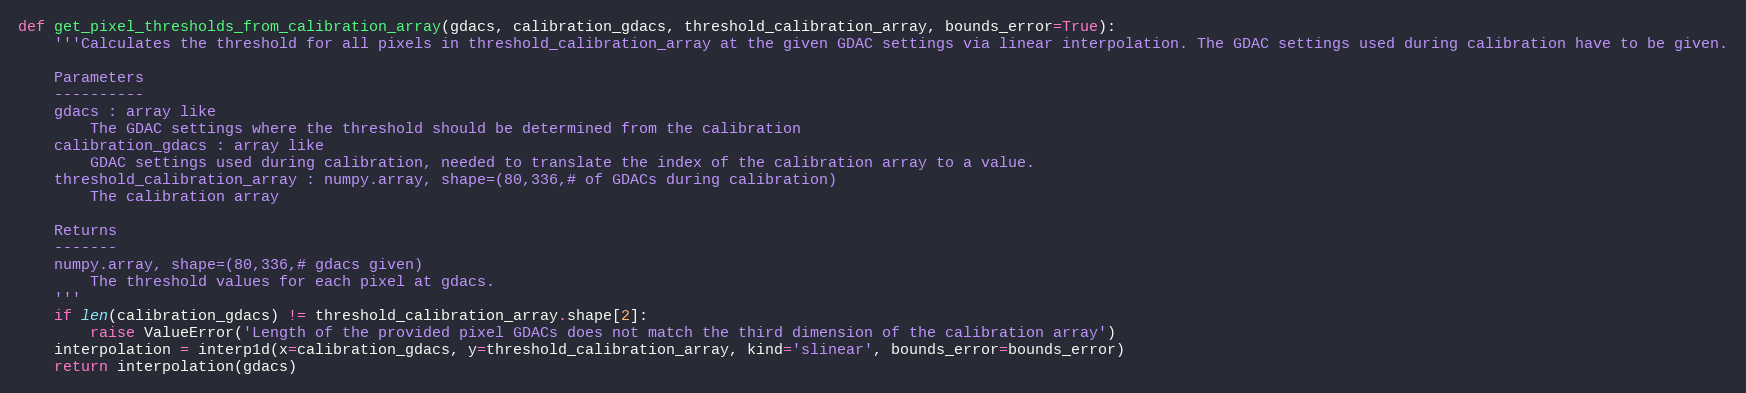
Language: Python
def get_pixel_thresholds_from_calibration_array(gdacs, calibration_gdacs, threshold_calibration_array, bounds_error=True):
    '''Calculates the threshold for all pixels in threshold_calibration_array at the given GDAC settings via linear interpolation. The GDAC settings used during calibration have to be given.

    Parameters
    ----------
    gdacs : array like
        The GDAC settings where the threshold should be determined from the calibration
    calibration_gdacs : array like
        GDAC settings used during calibration, needed to translate the index of the calibration array to a value.
    threshold_calibration_array : numpy.array, shape=(80,336,# of GDACs during calibration)
        The calibration array

    Returns
    -------
    numpy.array, shape=(80,336,# gdacs given)
        The threshold values for each pixel at gdacs.
    '''
    if len(calibration_gdacs) != threshold_calibration_array.shape[2]:
        raise ValueError('Length of the provided pixel GDACs does not match the third dimension of the calibration array')
    interpolation = interp1d(x=calibration_gdacs, y=threshold_calibration_array, kind='slinear', bounds_error=bounds_error)
    return interpolation(gdacs)